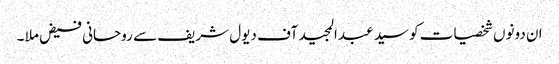
ان دونوں شخصیات کو سید عبدالمجید آف دیول شریف سے روحانی فیض ملا ۔